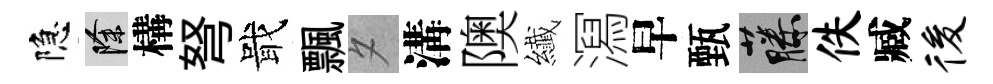
隐除構弩戢飄夕溝隩纎㵼早甄藤佚臧後